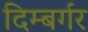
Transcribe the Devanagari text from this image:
दिम्बर्गर